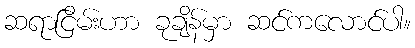
ဆရာငြိမ်းဟာ ခုချိန်မှာ ဆင်ကလောင်ပါ။